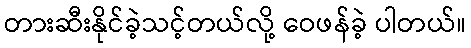
တားဆီးနိုင်ခဲ့သင့်တယ်လို့ ဝေဖန်ခဲ့ ပါတယ်။